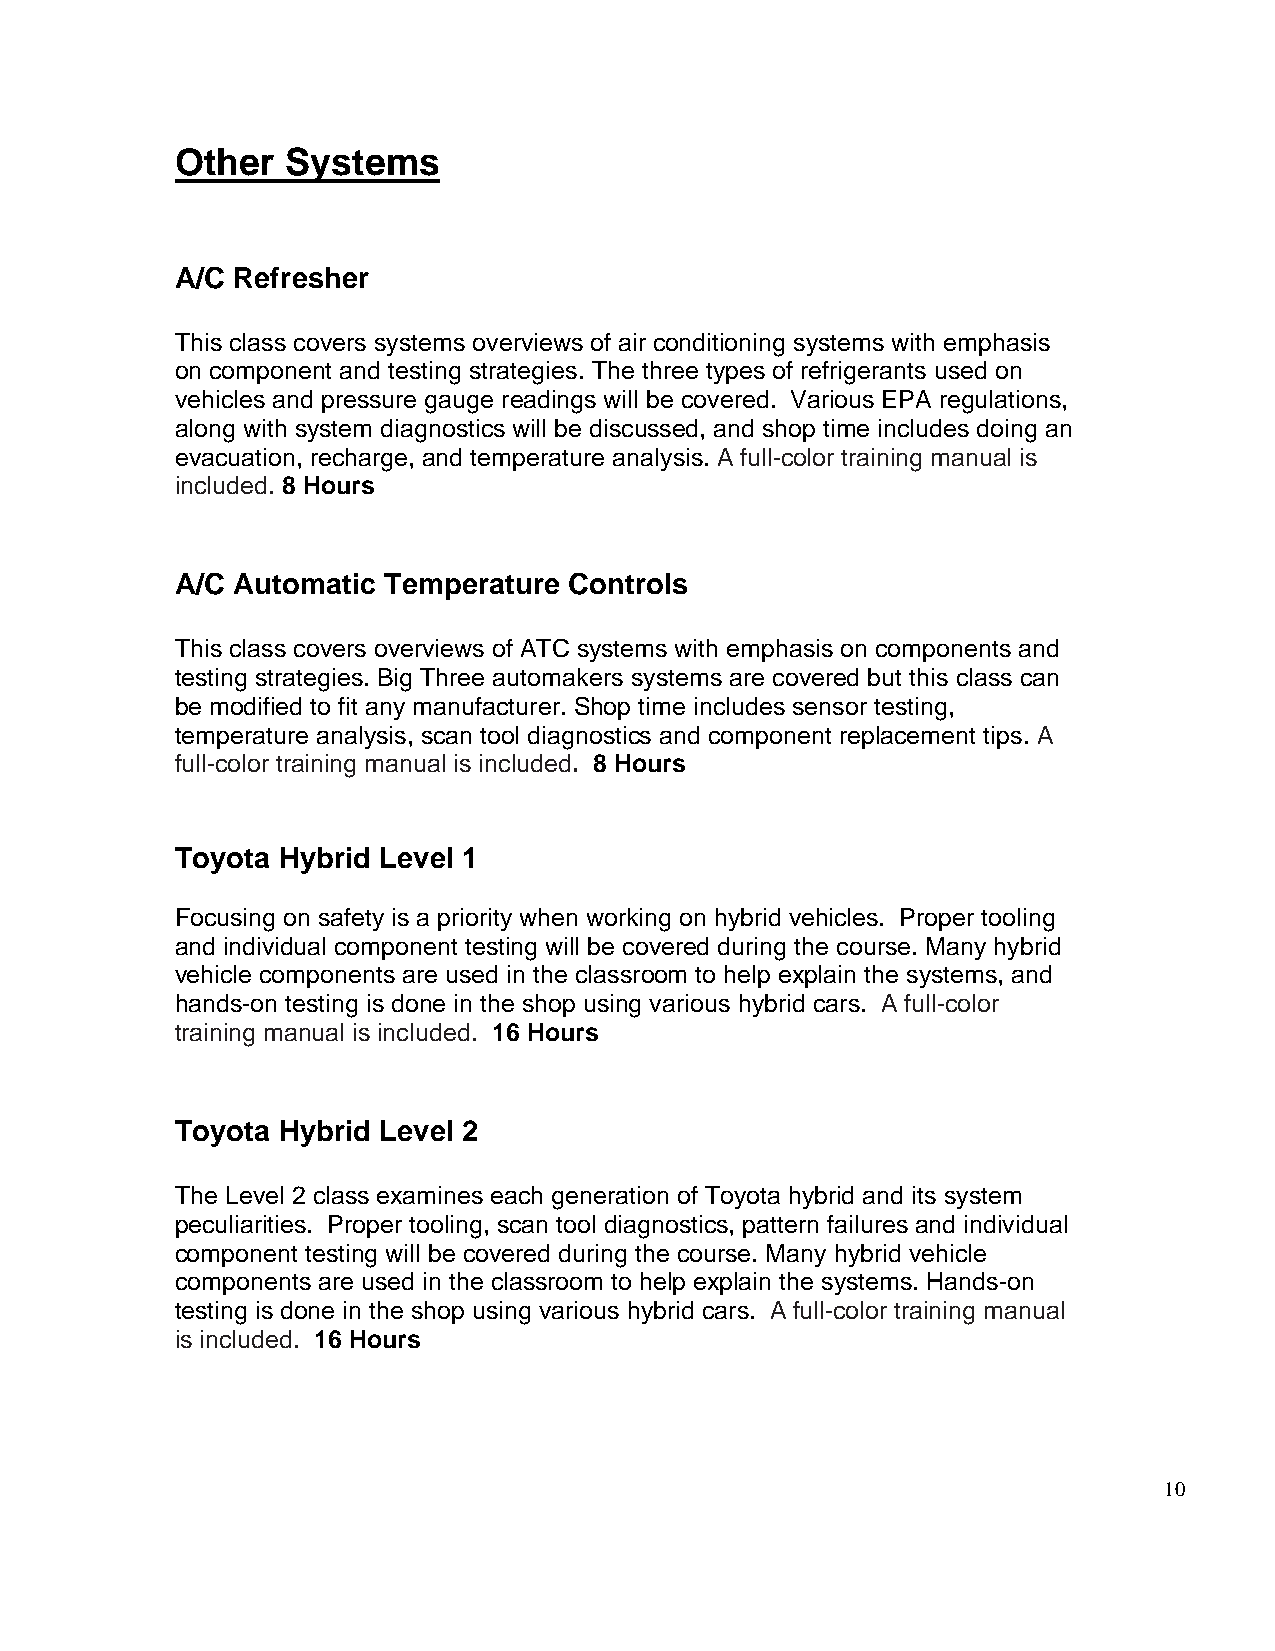
Other  Systems
 A/C Refresher
 This class covers systems overviews of air conditioning systems with emphasis
 on component and testing strategies. The three types of refrigerants used on
 vehicles and pressure gauge readings will be covered. Various EPA regulations,
 along with system diagnostics will be discussed, and shop time includes doing an
 evacuation, recharge, and temperature analysis. A full-color training manual is
 included. 8 Hours
 A/C Automatic Temperature Controls
 This class covers overviews of ATC systems with emphasis on components and
 testing strategies. Big Three automakers systems are covered but this class can
 be modified to fit any manufacturer. Shop time includes sensor testing,
 temperature analysis, scan tool diagnostics and component replacement tips. A
 full-color training manual is included. 8 Hours
 Toyota Hybrid Level 1
 Focusing on safety is a priority when working on hybrid vehicles. Proper tooling
 and individual component testing will be covered during the course. Many hybrid
 vehicle components are used in the classroom to help explain the systems, and
 hands-on testing is done in the shop using various hybrid cars. A full-color
 training manual is included. 16 Hours
 Toyota Hybrid Level 2
 The Level 2 class examines each generation of Toyota hybrid and its system
 peculiarities. Proper tooling, scan tool diagnostics, pattern failures and individual
 component testing will be covered during the course. Many hybrid vehicle
 components are used in the classroom to help explain the systems. Hands-on
 testing is done in the shop using various hybrid cars. A full-color training manual
 is included. 16 Hours
 10